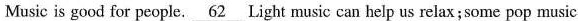
Music is good for people. \underline {62} Light music